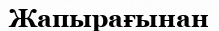
Жапырағынан